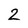
Character: 2